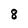
Character: 8